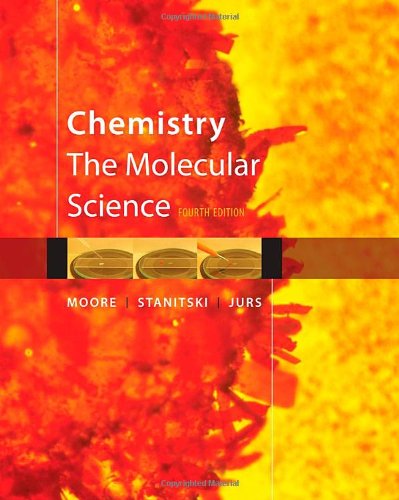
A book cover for Chemistry: The Molecular Science; John W. Moore; Science & Math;